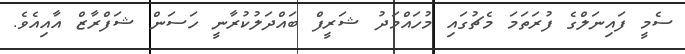
ސެމީ ފައިނަލްގެ ފުރަތަމަ މެޗުގައި މުހައްމަދު ޝަރީފް ބައްދަލުކުރާނީ ހަސަން ޝަފްރާޒް އާއިއެވެ.